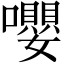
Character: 嚶